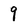
Character: 9